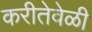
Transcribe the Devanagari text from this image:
करीतेवेळी